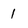
Character: 1